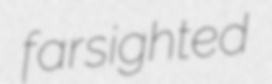
farsighted